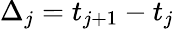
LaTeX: \Delta_{j}=t_{j+1}-t_{j}